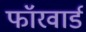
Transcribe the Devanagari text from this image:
फॉरवार्ड